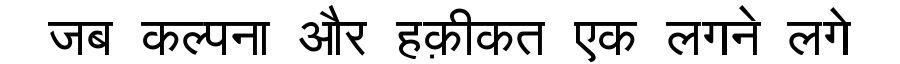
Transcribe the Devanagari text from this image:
जब कल्पना और हक़ीकत एक लगने लगे